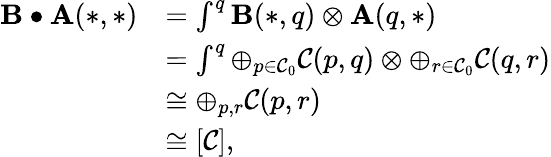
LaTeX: \begin{array}{rl}{\mathbf{B\bullet A}(\ast,\ast)}&{=\int^{q}\mathbf{B}(\ast,q)\otimes\mathbf{A}(q,\ast)}\\ &{=\int^{q}\oplus_{p\in\mathcal{C}_{0}}\mathcal{C}(p,q)\otimes\oplus_{r\in\mathcal{C}_{0}}\mathcal{C}(q,r)}\\ &{\cong\oplus_{p,r}\mathcal{C}(p,r)}\\ &{\cong[\mathcal{C}],}\end{array}